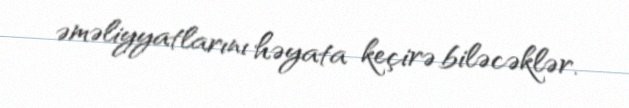
əməliyyatlarını həyata keçirə biləcəklər.